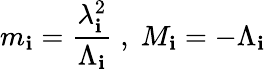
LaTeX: m_{\mathbf{i}}=\frac{{\lambda_{\mathbf{i}}^{2}}}{{\Lambda_{\mathbf{i}}}}\; ,\; M_{\mathbf{i}}=-\Lambda_{\mathbf{i}}